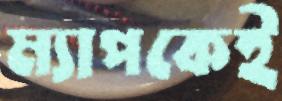
ম্যাপকেই